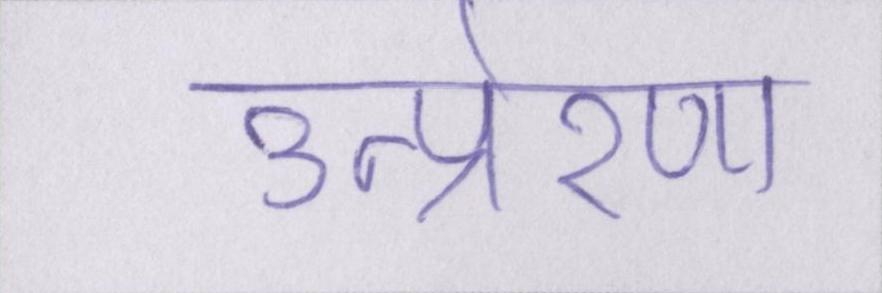
उत्प्रेरणा